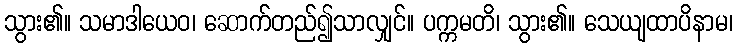
သွား၏။ သမာဒါယေဝ၊ ဆောက်တည်၍သာလျှင်။ ပက္ကမတိ၊ သွား၏။ သေယျထာပိနာမ၊